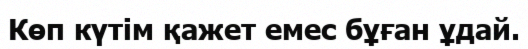
Көп күтім қажет емес бұған ұдай.